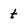
Character: t